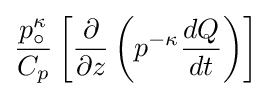
{\frac {p_{\circ }^{\kappa }}{C_{p}}}\left[{\frac {\partial }{\partial z}}\left(p^{-\kappa }{\frac {dQ}{dt}}\right)\right]